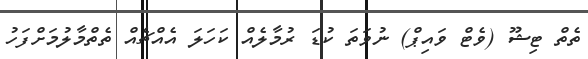
ތެތް ޓިޝޫ (ވެޓް ވައިޕް) ނުވަތަ ކުޑަ ރުމާލެއް ކަހަލަ އެއްޗެއް ތެތްމާލުމަށްފަހު